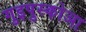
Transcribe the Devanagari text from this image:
गुइपुस्कोआ